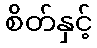
စိတ်နှင့်